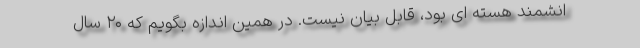
انشمند هسته ای بود، قابل بیان نیست. در همین اندازه بگویم که ۲۰ سال